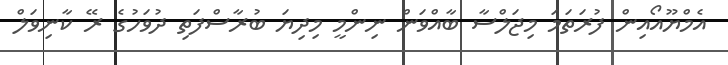
އެމްޔޫއޯއިން ފުރަތަމަ މިޖަލްސާ ބާއްވަން ނިންމީ މިދިޔަ ބުރާސްފަތި ދުވަހުގެ ރޭ ކާނިވަލް